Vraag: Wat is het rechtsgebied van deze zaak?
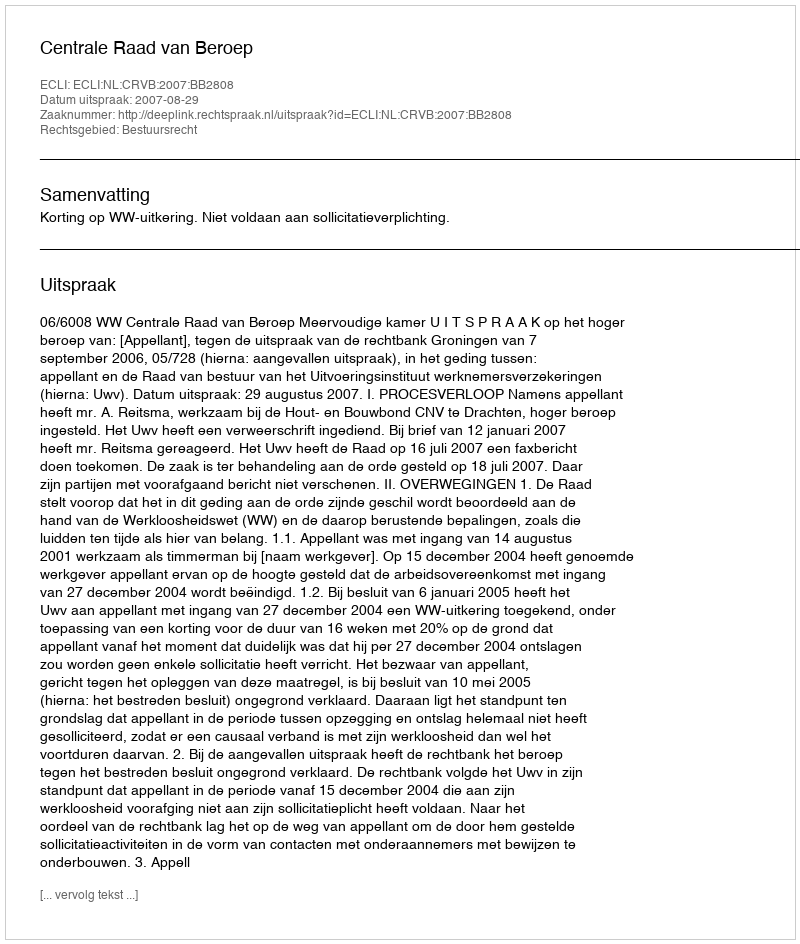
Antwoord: Bestuursrecht